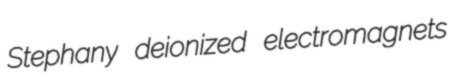
Stephany deionized electromagnets